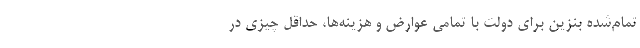
تمام‌شده بنزین برای دولت با تمامی عوارض و هزینه‌ها، حداقل چیزی در